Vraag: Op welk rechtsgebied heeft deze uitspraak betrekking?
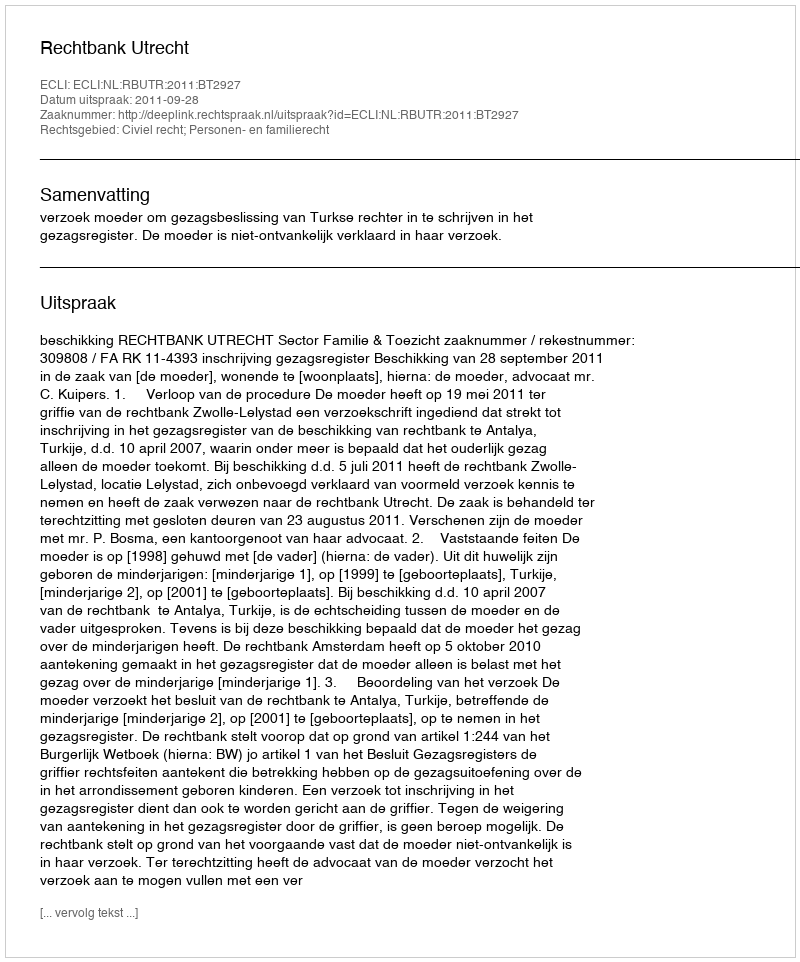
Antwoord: Civiel recht; Personen- en familierecht